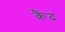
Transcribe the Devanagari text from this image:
कैंद